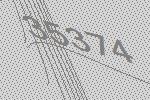
35374